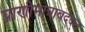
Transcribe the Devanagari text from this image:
प्राणीमात्राबद्द्ल